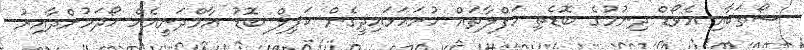
ޝޯތަކާއި އެވޯޑް ދިނުމުގެ ބޮޑެތި ހަފްލާތައް ހުށަހަޅައިދީގެން ކަޕިލް ބޮޑު އާމްދަނީއެއް ހޯދަމުންދާއިރު